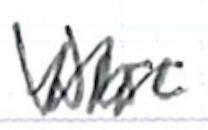
Text: were
Cross-out: zig-zag
Writing tool: ballpoint